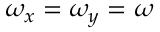
\omega _ { x } = \omega _ { y } = \omega